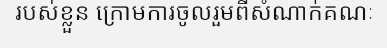
របស់ខ្លួន ក្រោមការចូលរួមពីសំណាក់គណៈ